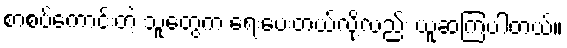
စာစပ်ကောင်းတဲ့ သူတွေက ရေးပေးတယ်လို့လည်း ယူဆကြပါတယ်။